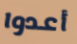
أعدوا